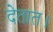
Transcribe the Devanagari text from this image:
देतात।